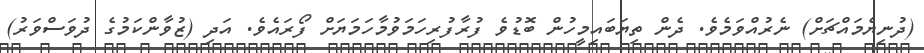
(ދުނިޔެމައްޗަށް) ނެރުއްވަމެވެ. ދެން ތިޔަބައިމީހުން ބޮޑުވެ ފުރާފުރިހަމަވުމާހަމަޔަށް ފޯރައެވެ. އަދި (ޒުވާންކަމުގެ ދުވަސްވަރު)